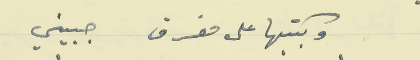
وبكتبها على مفرق جبيني